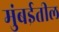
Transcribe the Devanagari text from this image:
मुंबर्इतील